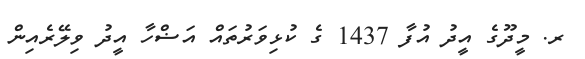
ރ. މީދޫގެ އީދު އުފާ 1437 ގެ ކުޅިވަރުތައް އަޟްހާ އީދު ވިލޭރެއިން